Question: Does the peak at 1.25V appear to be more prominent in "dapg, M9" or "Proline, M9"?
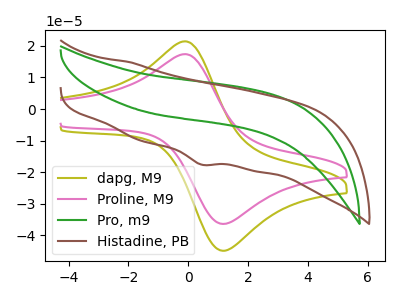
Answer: <think>The olive curve "dapg, M9" has an anodic peak at (-0.10V, 21.45uA) and a cathodic peak at (1.25V, -44.80uA). The pink curve "Proline, M9" has an anodic peak at (-0.10V, 17.40uA) and a cathodic peak at (1.25V, -36.35uA). The green curve "Pro, m9" has no peaks. The brown curve "Histadine, PB" has a cathodic peak at: (0.45V, -17.60uA).</think>
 <answer>The peak at 1.25V is higher in "dapg, M9" than in "Proline, M9".</answer>
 <eval>higher</eval>